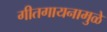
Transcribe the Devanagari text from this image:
गीतगायनामुळे